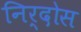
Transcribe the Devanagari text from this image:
निर्दोस